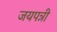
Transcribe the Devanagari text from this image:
जयपत्री